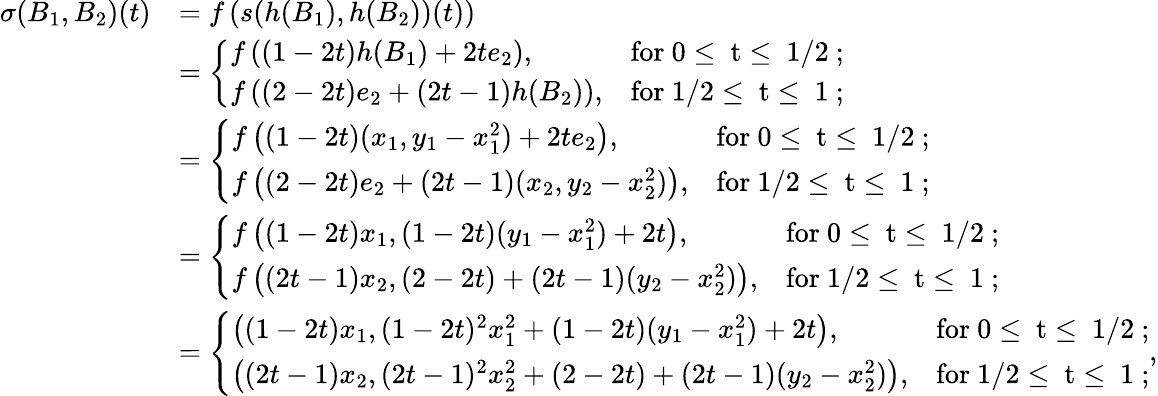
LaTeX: \begin{array}{rl}{\sigma(B_{1},B_{2})(t)}&{=f\left(s(h(B_{1}),h(B_{2}))(t)\right)}\\ &{=\left\{ \begin{array}{ll}{f\left((1-2t)h(B_{1})+2te_{2}\right),}&{\mathrm{for~0\leq~t\leq~1/2~;}}\\ {f\left((2-2t)e_{2}+(2t-1)h(B_{2})\right),}&{\mathrm{for~1/2\leq~t\leq~1~;}}\end{array}\right.}\\ &{=\left\{ \begin{array}{ll}{f\left((1-2t)(x_{1},y_{1}-x_{1}^{2})+2te_{2}\right),}&{\mathrm{for~0\leq~t\leq~1/2~;}}\\ {f\left((2-2t)e_{2}+(2t-1)(x_{2},y_{2}-x_{2}^{2})\right),}&{\mathrm{for~1/2\leq~t\leq~1~;}}\end{array}\right.}\\ &{=\left\{ \begin{array}{ll}{f\left((1-2t)x_{1},(1-2t)(y_{1}-x_{1}^{2})+2t\right),}&{\mathrm{for~0\leq~t\leq~1/2~;}}\\ {f\left((2t-1)x_{2},(2-2t)+(2t-1)(y_{2}-x_{2}^{2})\right),}&{\mathrm{for~1/2\leq~t\leq~1~;}}\end{array}\right.}\\ &{=\left\{ \begin{array}{ll}{\left((1-2t)x_{1},(1-2t)^{2}x_{1}^{2}+(1-2t)(y_{1}-x_{1}^{2})+2t\right),}&{\mathrm{for~0\leq~t\leq~1/2~;}}\\ {\left((2t-1)x_{2},(2t-1)^{2}x_{2}^{2}+(2-2t)+(2t-1)(y_{2}-x_{2}^{2})\right),}&{\mathrm{for~1/2\leq~t\leq~1~;}}\end{array}\right.,}\end{array}